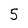
Character: 5